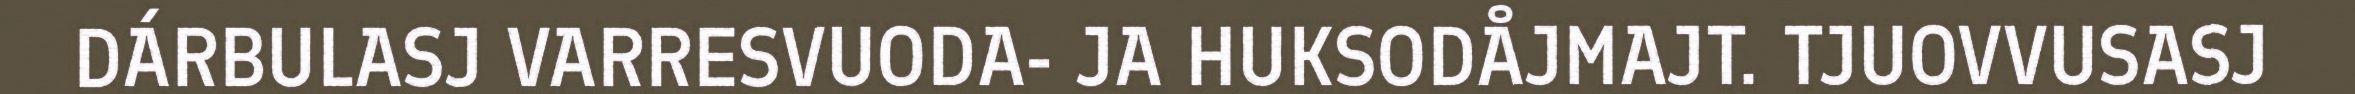
DÁRBULASJ VARRESVUODA- JA HUKSODÅJMAJT. TJUOVVUSASJ